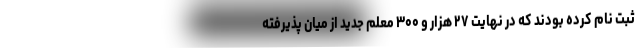
ثبت نام کرده بودند که در نهایت ۲۷ هزار و ۳۰۰ معلم جدید از میان پذیرفته